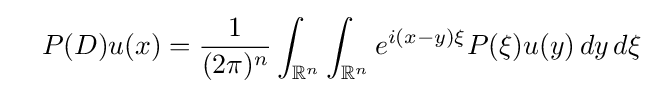
\quad P(D)u(x)={\frac {1}{(2\pi )^{n}}}\int _{\mathbb {R} ^{n}}\int _{\mathbb {R} ^{n}}e^{i(x-y)\xi }P(\xi )u(y)\,dy\,d\xi